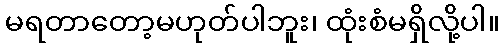
မရတာတော့မဟုတ်ပါဘူး၊ ထုံးစံမရှိလို့ပါ။